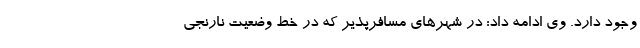
وجود دارد. وی ادامه داد: در شهرهای مسافرپذیر که در خط وضعیت نارنجی